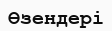
Өзендері